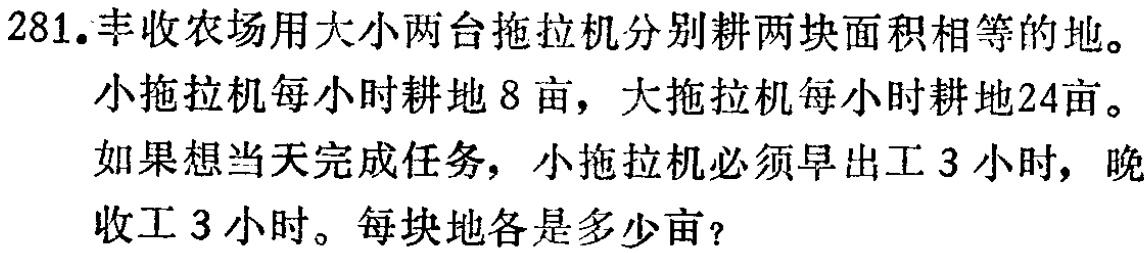
281.丰收农场用大小两台拖拉机分别耕两块面积相等的地。
小拖拉机每小时耕地8亩，大拖拉机每小时耕地24亩。
如果想当天完成任务，小拖拉机必须早出工3小时，晚
收工3小时。每块地各是多少亩？